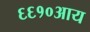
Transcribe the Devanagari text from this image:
६६१०आय